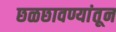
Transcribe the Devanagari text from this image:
छळछावण्यांतून